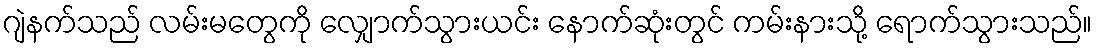
ဂျဲနက်သည် လမ်းမတွေကို လျှောက်သွားယင်း နောက်ဆုံးတွင် ကမ်းနားသို့ ရောက်သွားသည်။